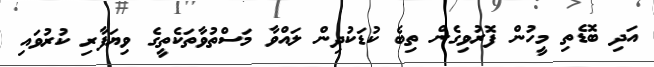
އަދި ބޮޑެތި މީހުން ފޮރުވިގެން ތިބެ ކުޑަކުދިން ލައްވާ މަސްތުވާތަކެތީގެ ވިޔަފާރި ކުރުވައި